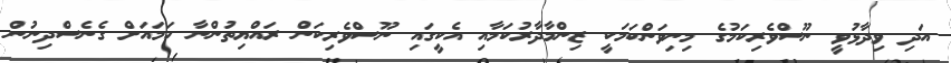
އަދި ވިދާޅުވީ ނޫސްވެރިކަމުގެ މިނިވަންކަމަކީ ޒިންމާދާރުކަމާއި އެކީގައި ނޫސްވެރިކަން ރައްޔިތުންނާ ހަމައަށް ގެނެސްދިނުން